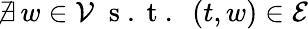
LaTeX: \nexists\, w\in\mathcal{V}\; \mathrm{~s~.~t~.~}\; (t,w)\in\mathcal{E}